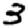
Digit: 3